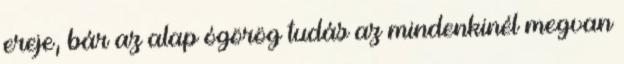
ereje, bár az alap ógörög tudás az mindenkinél megvan